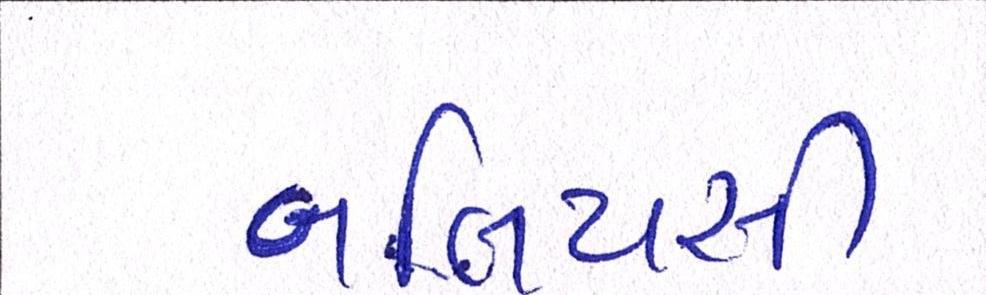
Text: બલિયસી